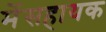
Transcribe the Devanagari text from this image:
मेंसहायक